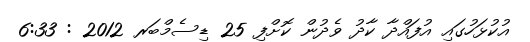
އުކުޅަހުގައި އުފައްދާ ކާދު ވެދުން ކޮށްފި 25 ޑިސެމްބަރ 2012 : 6:33